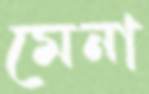
মেনা